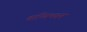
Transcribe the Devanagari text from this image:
बाष्पिभवन